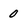
Character: 0